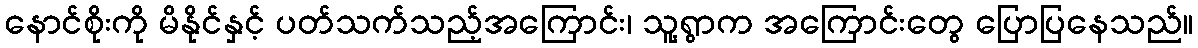
နောင်စိုးကို မိနိုင်နှင့် ပတ်သက်သည့်အကြောင်း၊ သူ့ရွာက အကြောင်းတွေ ပြောပြနေသည်။